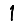
Digit: 1